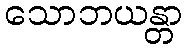
သောဘယန္တာ